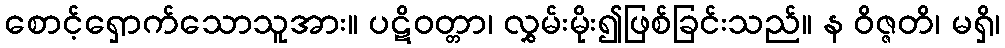
စောင့်ရှောက်သောသူအား။ ပဋိဝတ္တာ၊ လွှမ်းမိုး၍ဖြစ်ခြင်းသည်။ န ဝိဇ္ဇတိ၊ မရှိ၊